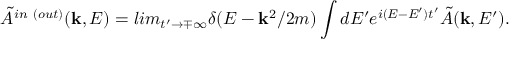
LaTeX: \tilde { A } ^ { i n ~ ( o u t ) } ( { \bf k } , E ) = l i m _ { t ^ { \prime } \rightarrow \mp \infty } \delta ( E - { \bf k } ^ { 2 } / 2 m ) \int d E ^ { \prime } e ^ { i ( E - E ^ { \prime } ) t ^ { \prime } } \tilde { A } ( { \bf k } , E ^ { \prime } ) .